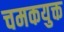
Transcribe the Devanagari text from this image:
चमकयुक्त